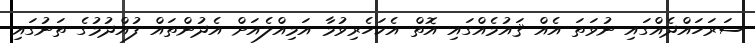
ސަރަހައްދެއްގައި ނުވަތަ އެއް ޤައުމެއްގައި އޮތް އެކަހެރިވުމާ އަމިއްލެއަށް އެދުންތައް ފުއްދުމުގެ ތަނުގައި